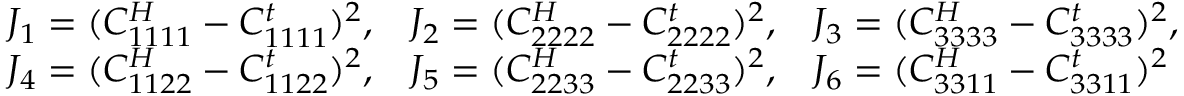
\begin{array} { r l } & { J _ { 1 } = ( C _ { 1 1 1 1 } ^ { H } - C _ { 1 1 1 1 } ^ { t } ) ^ { 2 } , \, \, \, \, \, J _ { 2 } = ( C _ { 2 2 2 2 } ^ { H } - C _ { 2 2 2 2 } ^ { t } ) ^ { 2 } , \, \, \, \, \, J _ { 3 } = ( C _ { 3 3 3 3 } ^ { H } - C _ { 3 3 3 3 } ^ { t } ) ^ { 2 } , } \\ & { J _ { 4 } = ( C _ { 1 1 2 2 } ^ { H } - C _ { 1 1 2 2 } ^ { t } ) ^ { 2 } , \, \, \, \, \, J _ { 5 } = ( C _ { 2 2 3 3 } ^ { H } - C _ { 2 2 3 3 } ^ { t } ) ^ { 2 } , \, \, \, \, \, J _ { 6 } = ( C _ { 3 3 1 1 } ^ { H } - C _ { 3 3 1 1 } ^ { t } ) ^ { 2 } } \end{array}